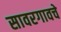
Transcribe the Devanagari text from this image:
सावरगावचे